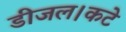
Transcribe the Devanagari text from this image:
डीजल।कटे